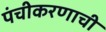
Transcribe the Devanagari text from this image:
पंचीकरणाची